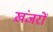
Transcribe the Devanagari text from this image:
ख़ंजरों